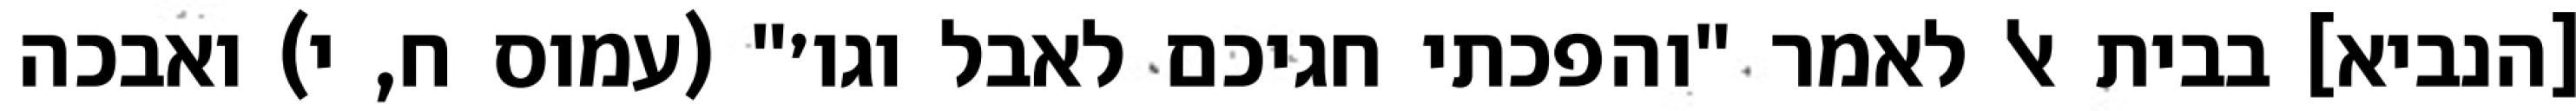
[הנביא] בבית אל לאמר "והפכתי חגיכם לאבל וגו׳" (עמוס ח, י) ואבכה